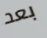
بعد